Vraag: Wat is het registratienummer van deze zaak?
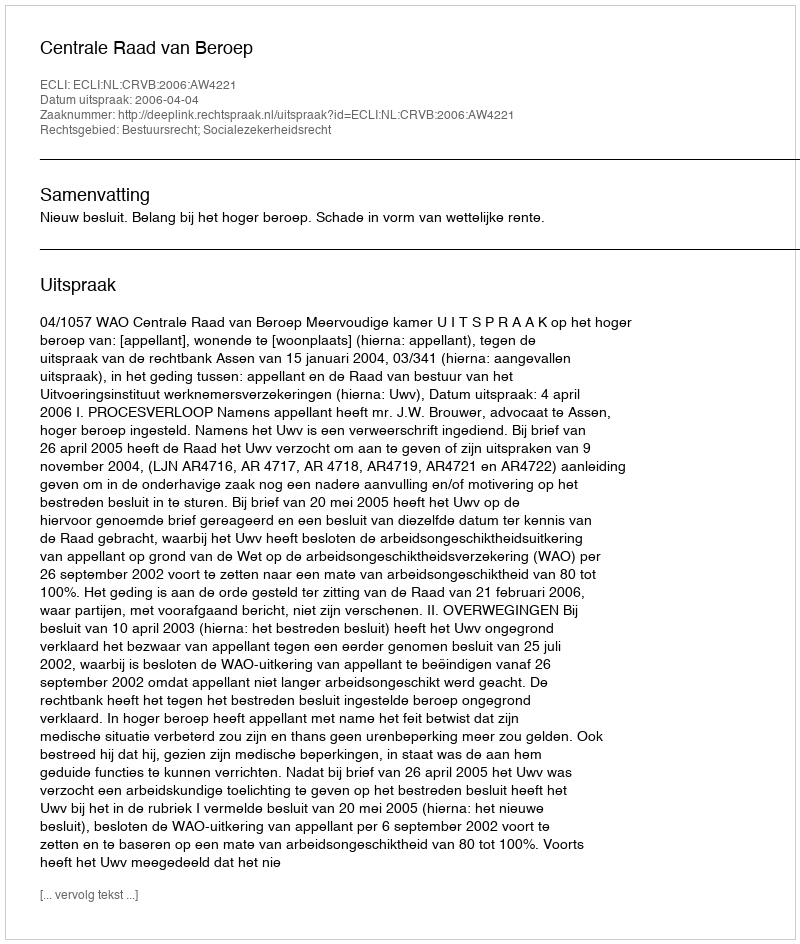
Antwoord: http://deeplink.rechtspraak.nl/uitspraak?id=ECLI:NL:CRVB:2006:AW4221